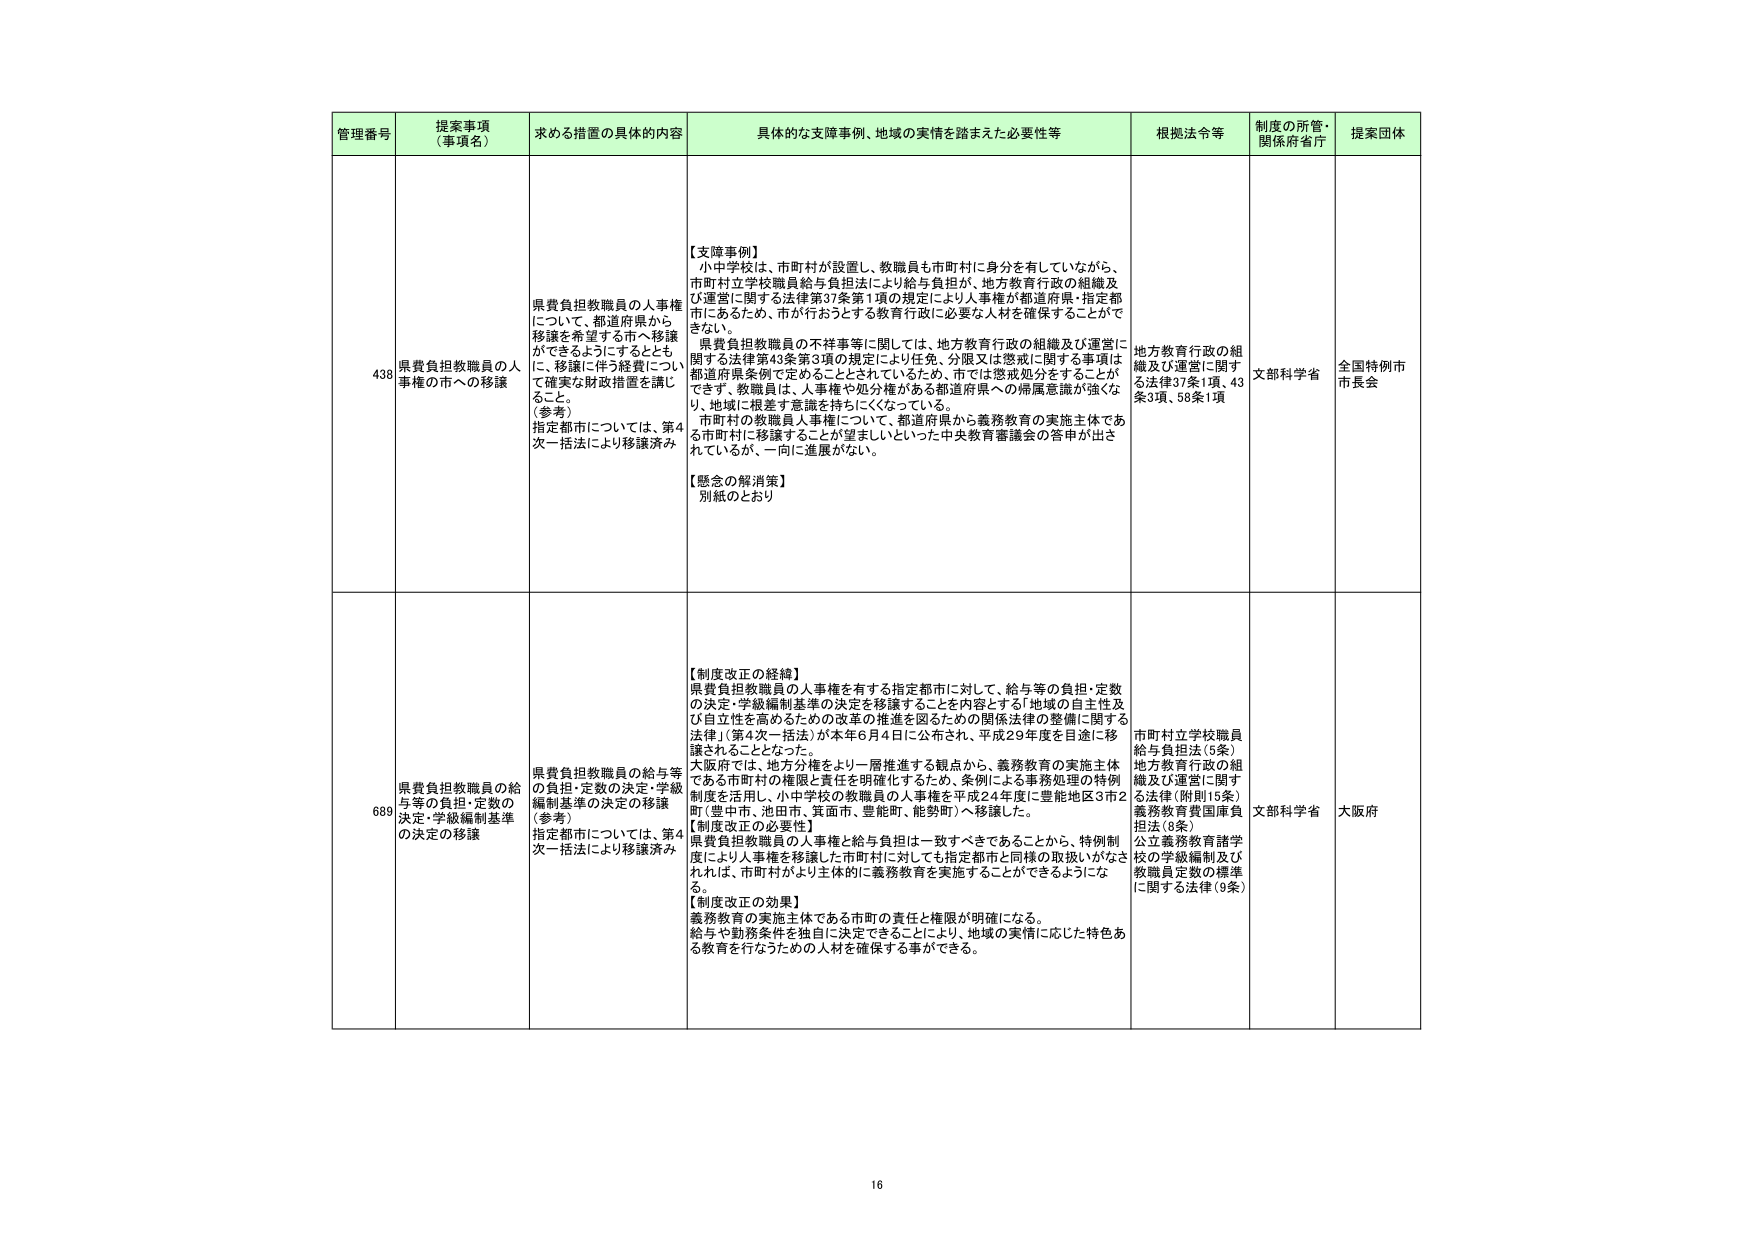
管理番号 提案事項（事項名） 求める措置の具体的内容 具体的な支障事例、地域の実情を踏まえた必要性等 根拠法令等 制度の所管・関係府省庁 提案団体

438 県費負担教職員の人事権の市への移譲 県費負担教職員の人事権について、都道府県から移譲を希望する市へ移譲ができるようにするとともに、移譲に伴う経費について確実な財政措置を講じること。 （参考） 指定都市については、第4次一括法により移譲済み 【支障事例】 小中学校は、市町村が設置し、教職員も市町村に身分を有していながら、市町村立学校職員給与負担法により給与負担が、地方教育行政の組織及び運営に関する法律第37条第1項の規定により人事権が都道府県・指定都市にあるため、市が行おうとする教育行政に必要な人材を確保することができない。 県費負担教職員の不祥事等に関しては、地方教育行政の組織及び運営に関する法律第43条第3項の規定により任免、分限又は懲戒に関する事項は都道府県条例で定めることとされているため、市では懲戒処分をすることができず、教職員は、人事権や処分権がある都道府県への帰属意識が強くなり、地域に根差す意識を持ちにくくなっている。 市町村の教職員人事権について、都道府県から義務教育の実施主体である市町村に移譲することが望ましいといった中央教育審議会の答申が出されているが、一向に進展がない。 【懸念の解消策】 別紙のとおり 地方教育行政の組織及び運営に関する法律37条1項、43条3項、58条1項 文部科学省 全国特例市市長会

689 県費負担教職員の給与等の負担・定数の決定・学級編制基準の決定の移譲 県費負担教職員の給与等の負担・定数の決定・学級編制基準の決定の移譲 （参考） 指定都市については、第4次一括法により移譲済み 【制度改正の経緯】 県費負担教職員の人事権を有する指定都市に対して、給与等の負担・定数の決定・学級編制基準の決定を移譲することを内容とする「地域の自主性及び自立性を高めるための改革の推進を図るための関係法律の整備に関する法律」（第4次一括法）が本年6月4日に公布され、平成29年度を目途に移譲されることとなった。 大阪府では、地方分権をより一層推進する観点から、義務教育の実施主体である市町村の権限と責任を明確化するため、条例による事務処理の特例制度を活用し、小中学校の教職員の人事権を平成24年度に豊能地区3市2町（豊中市、池田市、箕面市、豊能町、能勢町）へ移譲した。 【制度改正の必要性】 県費負担教職員の人事権と給与負担は一致すべきであることから、特例制度により人事権を移譲した市町村に対しても指定都市と同様の取扱いがなされれば、市町村がより主体的に義務教育を実施することができるようになる。 【制度改正の効果】 義務教育の実施主体である市町の責任と権限が明確になる。 給与や勤務条件を独自に決定できることにより、地域の実情に応じた特色ある教育を行なうための人材を確保する事ができる。 市町村立学校職員給与負担法（5条） 地方教育行政の組織及び運営に関する法律（附則15条） 義務教育費国庫負担法（8条） 公立義務教育諸学校の学級編制及び教職員定数の標準に関する法律（9条） 文部科学省 大阪府

16